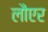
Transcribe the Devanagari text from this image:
लौएर